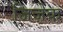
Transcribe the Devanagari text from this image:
जिज़ेक